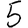
Digit: 5